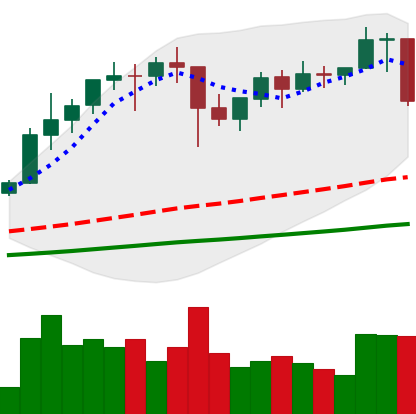
Ticker: ETH-USD
Chart end date: 2021-01-21
Forward return: 20.996%
Label: up_7plus